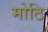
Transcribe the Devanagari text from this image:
मोठि